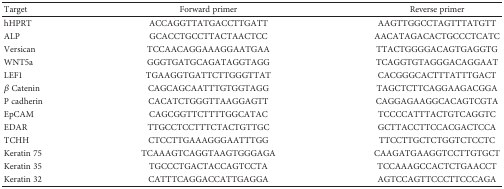
<table><thead><tr><td><b>Target</b></td><td><b>Forward primer</b></td><td><b>Reverse primer</b></td></tr></thead><tbody><tr><td>hHPRT</td><td>ACCAGGTTATGACCTTGATT</td><td>AAGTTGGCCTAGTTTATGTT</td></tr><tr><td>ALP</td><td>GCACCTGCCTTACTAACTCC</td><td>AACATAGACACTGCCCTCATC</td></tr><tr><td>Versican</td><td>TCCAACAGGAAAGGAATGAA</td><td>TTACTGGGGACAGTGAGGTG</td></tr><tr><td>WNT5a</td><td>GGGTGATGCAGATAGGTAGG</td><td>TCAGGTGTAGGGACAGGAAT</td></tr><tr><td>LEF1</td><td>TGAAGGTGATTCTTGGGTTAT</td><td>CACGGGCACTTTATTTGACT</td></tr><tr><td><i>β</i> Catenin</td><td>CAGCAGCAATTTGTGGTAGG</td><td>TAGCTCTTCAGGAAGACGGA</td></tr><tr><td>P cadherin</td><td>CACATCTGGGTTAAGGAGTT</td><td>CAGGAGAAGGCACAGTCGTA</td></tr><tr><td>EpCAM</td><td>CAGCGGTTCTTTTGGCATAC</td><td>TCCCCATTTACTGTCAGGTC</td></tr><tr><td>EDAR</td><td>TTGCCTCCTTTCTACTGTTGC</td><td>GCTTACCTTCCACGACTCCA</td></tr><tr><td>TCHH</td><td>CTCCTTGAAAGGGAATTTGG</td><td>TTCCTTGCTCTGGTCTCCTC</td></tr><tr><td>Keratin 75</td><td>TCAAAGTCAGGTAAGTGGGAGA</td><td>CAAGATGAAGGTCCTTGTGCT</td></tr><tr><td>Keratin 35</td><td>TGCCCTGACTACCAGTCCTA</td><td>TCCAAAGCCACTCTGAACCT</td></tr><tr><td>Keratin 32</td><td>CATTTCAGGACCATTGAGGA</td><td>AGTCCAGTTCCCTTCCCAGA</td></tr></tbody></table>